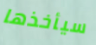
سيأخذها